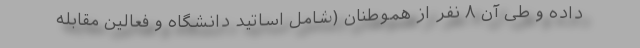
داده و طی آن ۸ نفر از هموطنان (شامل اساتید دانشگاه و فعالین مقابله